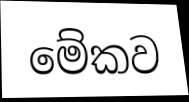
මේකව